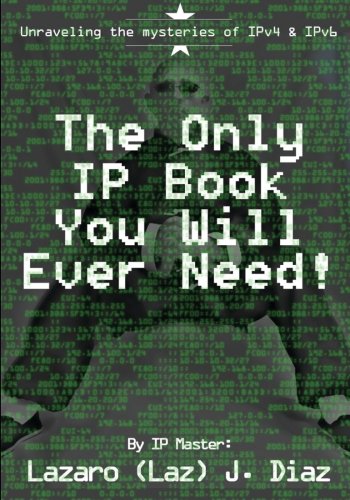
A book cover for The Only IP Book You Will Ever Need!: Unraveling the mysteries of IPv4 & IPv6; Lazaro (Laz) J. Diaz; Education & Teaching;